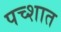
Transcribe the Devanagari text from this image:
पच्शात